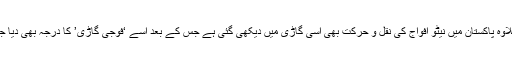
اس کے علاوہ پاکستان میں نیٹو افواج کی نقل و حرکت بھی اسی گاڑی میں دیکھی گئی ہے جس کے بعد اسے ‘فوجی گاڑی’ کا درجہ بھی دیا جا چکا ہے۔